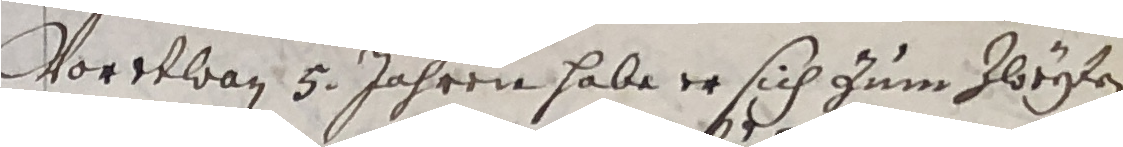
Woretwan 5 jahren habe er sich zum zloefen